Scottish Leaving Certificate Examination, 1957
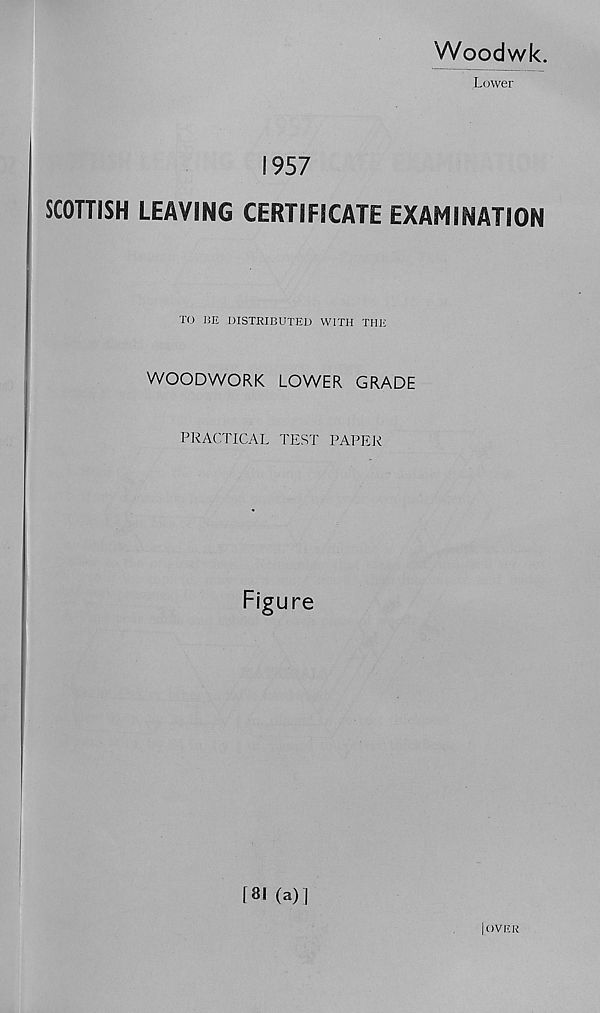
Woodwk.
Lower
1957
SCOTTISH LEAVING CERTIFICATE EXAMINATION
TO BE DISTRIBUTED WITH THE
WOODWORK LOWER GRADE
PRACTICAL TEST PAPER
Figure
[81 (a) |
[over